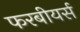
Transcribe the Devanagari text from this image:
फरबीयर्स